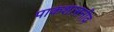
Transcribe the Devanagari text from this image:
पाकशासनीव